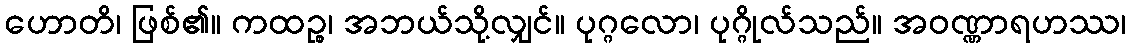
ဟောတိ၊ ဖြစ်၏။ ကထဉ္စ၊ အဘယ်သို့လျှင်။ ပုဂ္ဂလော၊ ပုဂ္ဂိုလ်သည်။ အဝဏ္ဏာရဟဿ၊